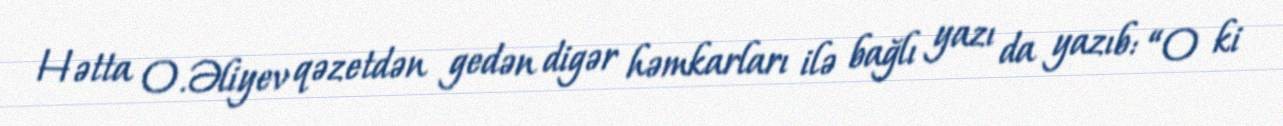
Hətta O.Əliyev qəzetdən gedən digər həmkarları ilə bağlı yazı da yazıb: “O ki